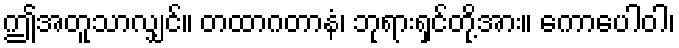
ဤအတူသာလျှင်။ တထာဂတာနံ၊ ဘုရားရှင်တို့အား။ ကောပေါဝါ၊